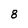
Character: 8